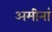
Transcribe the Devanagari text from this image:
अमीनां